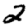
Digit: 2